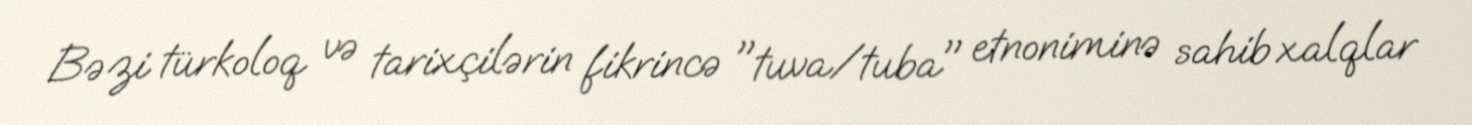
Bəzi türkoloq və tarixçilərin fikrincə "tuva/tuba" etnoniminə sahib xalqlar